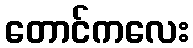
တောင်ကလေး